Annual report of the Imperial Bacteriologist
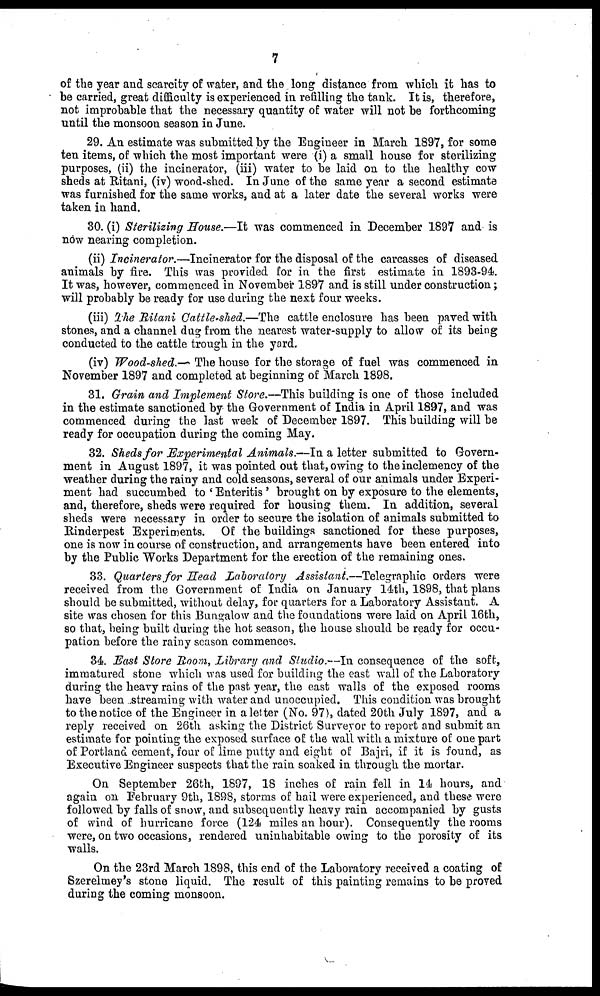
7
of the year and scarcity of water, and the long distance from which it has to
be carried, great difficulty is experienced in refilling the tank. It is, therefore,
not improbable that the necessary quantity of water will not be forthcoming
until the monsoon season in June.
29. An estimate was submitted by the Engineer in March 1897, for some
ten items, of which the most important were (i) a small house for sterilizing
purposes, (ii) the incinerator, (iii) water to be laid on to the healthy cow
sheds at Ritani, (iv) wood-shed. In June of the same year a second estimate
was furnished for the same works, and at a later date the several works were
taken in hand.
30. (i) Sterilizing House.—It was commenced in December 1897 and is
now nearing completion.
(ii) Incinerator.—Incinerator for the disposal of the carcasses of diseased
animals by fire. This was provided for in the first estimate in 1893-94.
It was, however, commenced in November 1897 and is still under construction;
will probably be ready for use during the next four weeks.
(iii) The Ritani Cattle-shed.—The cattle enclosure has been paved with
stones, and a channel dug from the nearest water-supply to allow of its being
conducted to the cattle trough in the yard.
(iv) Wood-shed.—The house for the storage of fuel was commenced in
November 1897 and completed at beginning of March 1898.
31. Grain and Implement Store.—This building is one of those included
in the estimate sanctioned by the Government of India in April 1897, and was
commenced during the last week of December 1897. This building will be
ready for occupation during the coming May.
32. Sheds for Experimental Animals.—In a letter submitted to Govern-
ment in August 1897, it was pointed out that, owing to the inclemency of the
weather during the rainy and cold seasons, several of our animals under Experi-
ment had succumbed to ' Enteritis ' brought on by exposure to the elements,
and, therefore, sheds were required for housing them. In addition, several
sheds were necessary in order to secure the isolation of animals submitted to
Rinderpest Experiments. Of the buildings sanctioned for these purposes,
one is now in course of construction, and arrangements have been entered into
by the Public Works Department for the erection of the remaining ones.
33. Quarters for Head Laboratory Assistant.—Telegraphic orders were
received from the Government of India on January 14th, 1898, that plans
should be submitted, without delay, for quarters for a Laboratory Assistant. A
site was chosen for this Bungalow and the foundations were laid on April 16th,
so that, being built during the hot season, the house should be ready for occu-
pation before the rainy season commences.
34. East Store Room, Library and Studio.—In consequence of the soft,
immatured stone which was used for building the east wall of the Laboratory
during the heavy rains of the past year, the east walls of the exposed rooms
have been streaming with water and unoccupied. This condition was brought
to the notice of the Engineer in a letter (No. 97), dated 20th July 1897, and a
reply received on 26th asking the District Surveyor to report and submit an
estimate for pointing the exposed surface of the wall with a mixture of one part
of Portland cement, four of lime putty and eight of Bajri, if it is found, as
Executive Engineer suspects that the rain soaked in through the mortar.
On September 26th, 1897, 18 inches of rain fell in 14 hours, and
again on February 9th, 1898, storms of hail were experienced, and these were
followed by falls of snow, and subsequently heavy rain accompanied by gusts
of wind of hurricane force (124 miles an hour). Consequently the rooms
were, on two occasions, rendered uninhabitable owing to the porosity of its
walls.
On the 23rd March 1898, this end of the Laboratory received a coating of
Szerelmey's stone liquid. The result of this painting remains to be proved
during the coming monsoon.